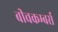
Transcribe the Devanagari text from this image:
बीचकम्बर्स